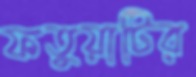
ফতুয়াটির